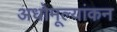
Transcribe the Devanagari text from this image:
अधोमूल्यांकन